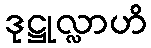
ဒုဋ္ဌုလ္လာဟိ